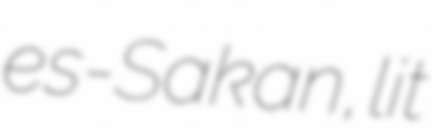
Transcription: es-Sakan, lit